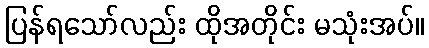
ပြန်ရသော်လည်း ထိုအတိုင်း မသုံးအပ်။